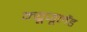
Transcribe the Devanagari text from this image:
न्यूजूलैंड